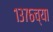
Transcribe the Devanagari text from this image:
१३७६च्या